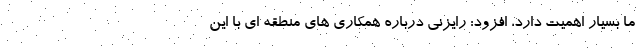
ما بسیار اهمیت دارد، افزود: رایزنی درباره همکاری های منطقه ای با این